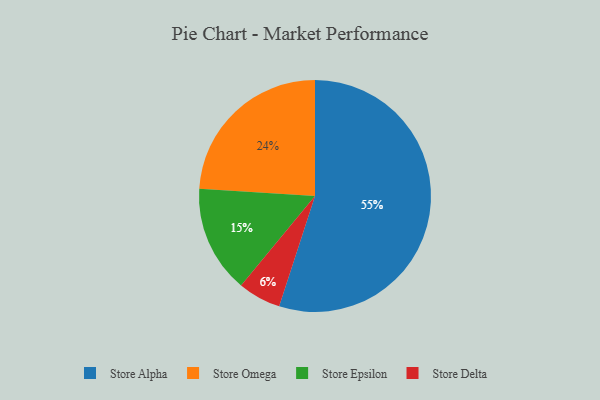
{"axis": {"x": "Category", "y": "Percentage"}, "legend": ["Store Alpha", "Store Delta", "Store Epsilon", "Store Omega"], "data": [{"x": "Store Omega", "y": 24, "type": "Store Omega"}, {"x": "Store Alpha", "y": 55, "type": "Store Alpha"}, {"x": "Store Epsilon", "y": 15, "type": "Store Epsilon"}, {"x": "Store Delta", "y": 6, "type": "Store Delta"}]}